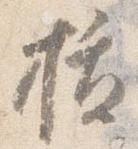
抜